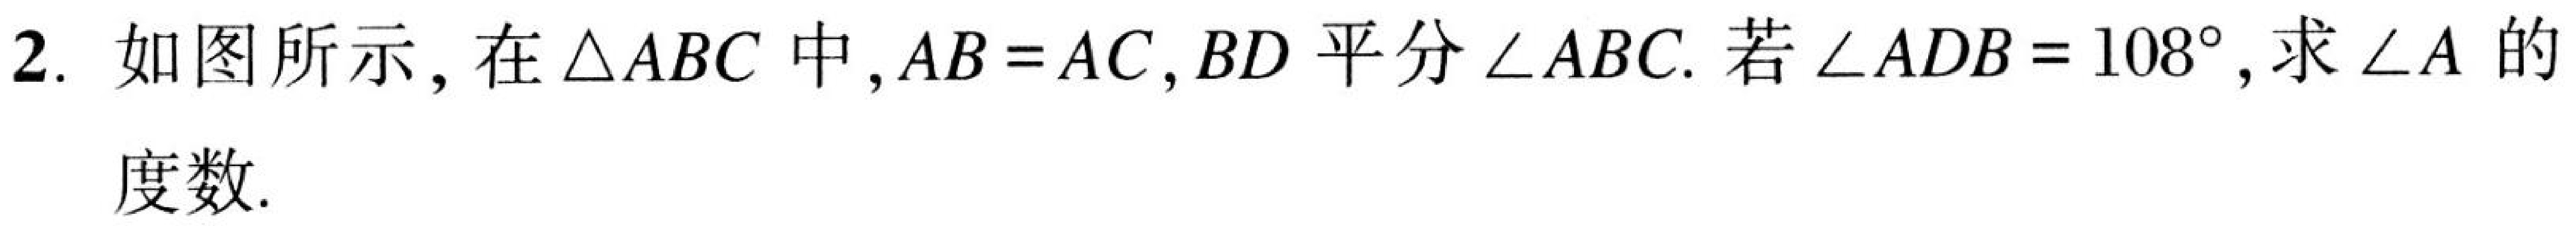
2. 如图所示, 在\(\triangle ABC\)中,\(AB = AC\), \(BD\)平分\(\angle ABC\). 若\(\angle ADB = 108^{\circ}\),求\(\angle A\)的
度数.